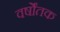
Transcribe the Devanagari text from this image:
वर्षोंतक